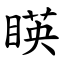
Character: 䁐